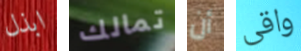
ابذل تمالك أن واقى